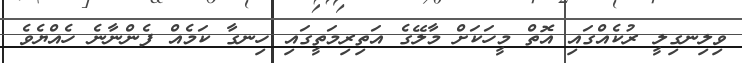
ވިލިނގިލީ ރުކެއްގައި އޮތް މީހަކަށް މާލޭގެ އަތިރިމަތީގައި ހިނގާ ކަމެއް ފެންނާނެ ހެއްޔެވެ